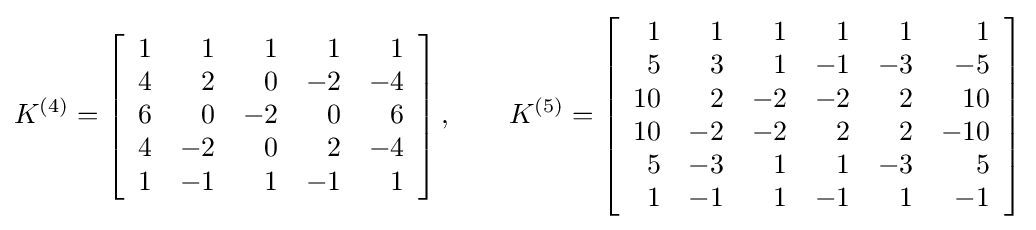
K^{(4)}=\left[{\begin{array}{rrrrr}1&1&1&1&1\\4&2&0&-2&-4\\6&0&-2&0&6\\4&-2&0&2&-4\\1&-1&1&-1&1\end{array}}\right],\qquad K^{(5)}=\left[{\begin{array}{rrrrrr}1&1&1&1&1&1\\5&3&1&-1&-3&-5\\10&2&-2&-2&2&10\\10&-2&-2&2&2&-10\\5&-3&1&1&-3&5\\1&-1&1&-1&1&-1\end{array}}\right]